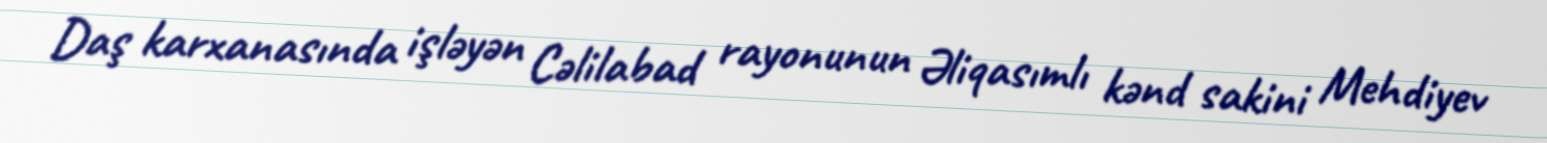
Daş karxanasında işləyən Cəlilabad rayonunun Əliqasımlı kənd sakini Mehdiyev